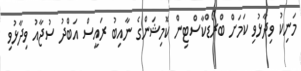
މަނިކު ވިދާޅުވި ކަމަށް ބްރޯޑްކާސްޓިން ކޮމިޝަންގެ ނާއިބު ރައީސް އަބްދު ސުޖާއު ވިދާޅުވި